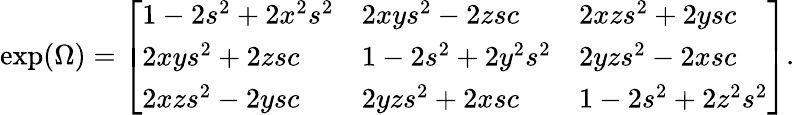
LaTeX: \exp(\Omega)={\left[\begin{array}{lll}{1-2s^{2}+2x^{2}s^{2}}&{2xys^{2}-2zsc}&{2xzs^{2}+2ysc}\\ {2xys^{2}+2zsc}&{1-2s^{2}+2y^{2}s^{2}}&{2yzs^{2}-2xsc}\\ {2xzs^{2}-2ysc}&{2yzs^{2}+2xsc}&{1-2s^{2}+2z^{2}s^{2}}\end{array}\right]}.